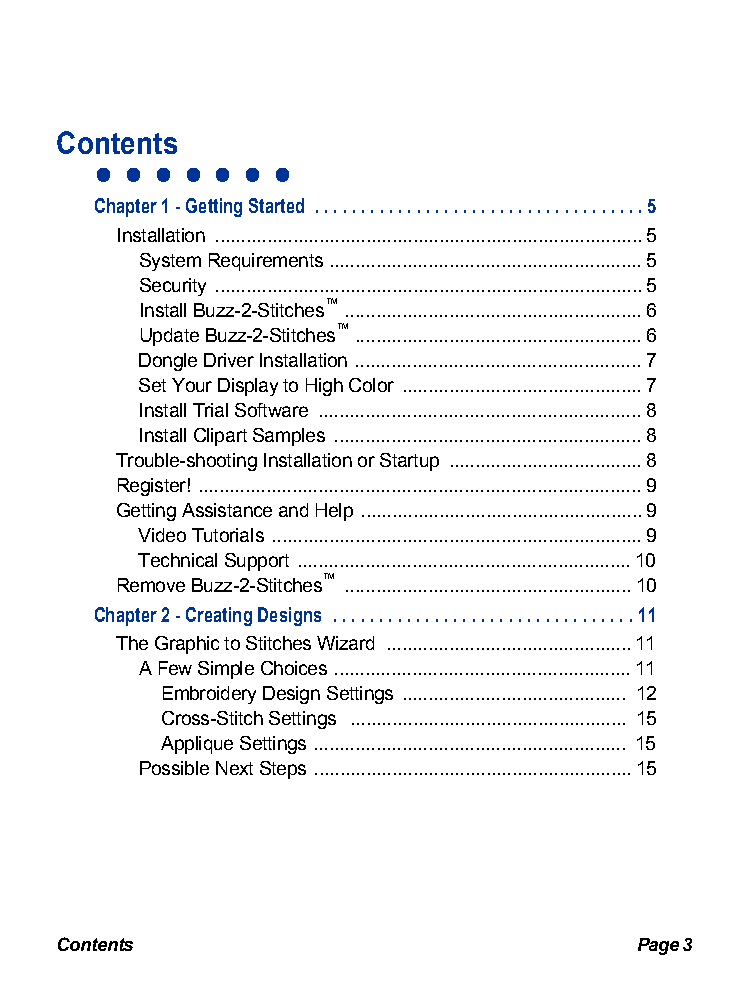
Contents
 • • • • • • •
 Chapter 1 - Getting Started . . . . . . . . . . . . . . . . . . . . . . . . . . . . . . . . . . . .5
 Installation ..................................................................................5
 System Requirements ............................................................5
 Security ..................................................................................5
 Install Buzz-2-Stitches™ .........................................................6
 Update Buzz-2-Stitches™ .......................................................6
 Dongle Driver Installation .......................................................7
 Set Your Display to High Color ..............................................7
 Install Trial Software ..............................................................8
 Install Clipart Samples ...........................................................8
 Trouble-shooting Installation or Startup .....................................8
 Register! .....................................................................................9
 Getting Assistance and Help ......................................................9
 Video Tutorials .......................................................................9
 Technical Support ................................................................10
 Remove Buzz-2-Stitches™ .......................................................10
 Chapter 2 - Creating Designs . . . . . . . . . . . . . . . . . . . . . . . . . . . . . . . . .11
 The Graphic to Stitches Wizard ...............................................11
 A Few Simple Choices .........................................................11
 Embroidery Design Settings ........................................... 12
 Cross-Stitch Settings ..................................................... 15
 Applique Settings ............................................................ 15
 Possible Next Steps .............................................................15
 Contents                              Page 3